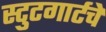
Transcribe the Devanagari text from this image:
स्टुटगार्टचे